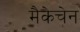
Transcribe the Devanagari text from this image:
मैकेचेन